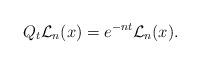
LaTeX: \begin{align*} Q_t \mathcal{L}_n(x)= e^{-n t}\mathcal{L}_n(x).\end{align*}